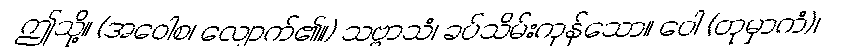
ဤသို့။ (အဝေါစ၊ လျှောက်၏။) သဗ္ဗာသံ၊ ခပ်သိမ်းကုန်သော။ ဝေါ (တုမှာကံ)၊